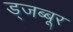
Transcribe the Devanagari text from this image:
ड्जब्बूर